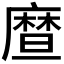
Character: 𪪤